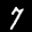
Label: 7